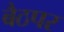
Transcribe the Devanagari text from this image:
बैठपर